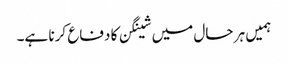
ہمیں ہر حال میں شینگن کا دفاع کرنا ہے۔